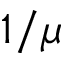
1 / \mu